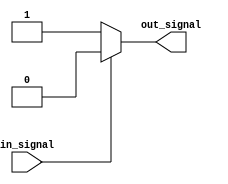
module ConditionalStatements (
    input wire in_signal,
    output reg out_signal
);

initial begin
    if (in_signal == 0) begin
        out_signal <= 1; // perform specific action when in_signal is 0
    end
    else begin
        out_signal <= 0; // perform specific action when in_signal is not 0
    end
end

endmodule